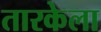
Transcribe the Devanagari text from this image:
तारकेला